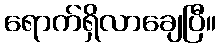
ရောက်ရှိလာချေပြီ။